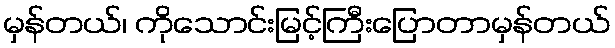
မှန်တယ်၊ ကိုသောင်းမြင့်ကြီးပြောတာမှန်တယ်